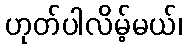
ဟုတ်ပါလိမ့်မယ်၊